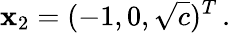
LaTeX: \mathbf{x}_{2}=(-1,0,\sqrt{c})^{T}\, .